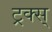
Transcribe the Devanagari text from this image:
ट्रक्स्